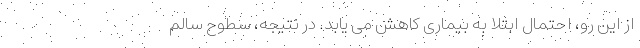
از این رو، احتمال ابتلا به بیماری کاهش می یابد. در نتیجه، سطوح سالم